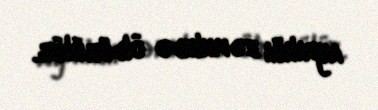
ayrılığı zəmnində öldürülür.